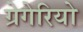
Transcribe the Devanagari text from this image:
ग्रेगेरियो